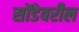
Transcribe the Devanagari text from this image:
सोंडेवरील